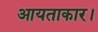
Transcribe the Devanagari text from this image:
आयताकार।